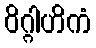
ဝိဂ္ဂါဟိကံ